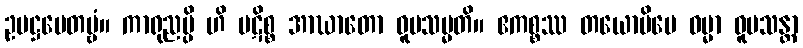
ဥပဋ္ဌပေတဗ္ဗံ။ ကာရုညမ္ပိ ဟိ ပဋိစ္စ အာဃာတော ဝူပသမ္မတိ။ ဧကစ္စဿ တယောပိမေ ဓမ္မာ ဝူပသန္တာ